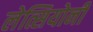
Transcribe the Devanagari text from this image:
लेत्सियोनी